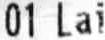
01 LAI